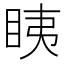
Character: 眱